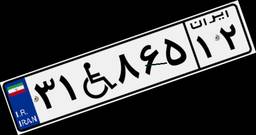
۳۱W۸۶۵۱۲